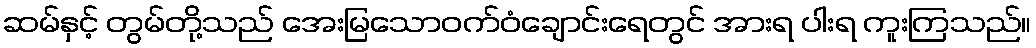
ဆမ်နှင့် တွမ်တို့သည် အေးမြသောဝက်ဝံချောင်းရေတွင် အားရ ပါးရ ကူးကြသည်။